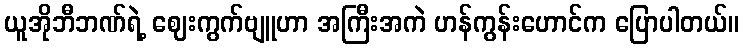
ယူအိုဘီဘဏ်ရဲ့ ဈေးကွက်ဗျူဟာ အကြီးအကဲ ဟန်ကွန်းဟောင်က ပြောပါတယ်။